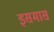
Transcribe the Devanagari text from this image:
इसमास